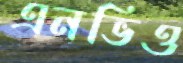
এনভিও